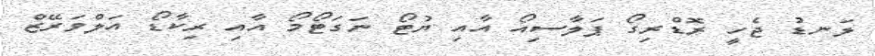
ލަނޑު ޖެހީ ރޮޑްރިގޯ ޕަލާސިއޯ އާއި ޔުޓޯ ނަގަޓޯމޯ އާއި ރިކާޑޯ އަލްވަރޭޒް